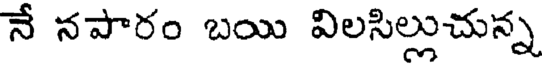
నే నపారం బయి విలసిల్లుచున్న